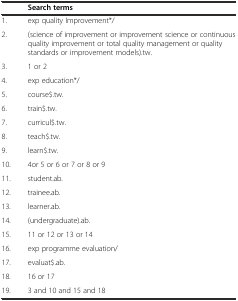
<table><thead><tr><td></td><td><b>Search terms</b></td></tr></thead><tbody><tr><td>1.</td><td>exp quality Improvement*/</td></tr><tr><td>2.</td><td>(science of improvement or improvement science or continuous quality improvement or total quality management or quality standards or improvement models).tw.</td></tr><tr><td>3.</td><td>1 or 2</td></tr><tr><td>4.</td><td>exp education*/</td></tr><tr><td>5.</td><td>course$.tw.</td></tr><tr><td>6.</td><td>train$.tw.</td></tr><tr><td>7.</td><td>curricul$.tw.</td></tr><tr><td>8.</td><td>teach$.tw.</td></tr><tr><td>9.</td><td>learn$.tw.</td></tr><tr><td>10.</td><td>4or 5 or 6 or 7 or 8 or 9</td></tr><tr><td>11.</td><td>student.ab.</td></tr><tr><td>12.</td><td>trainee.ab.</td></tr><tr><td>13.</td><td>learner.ab.</td></tr><tr><td>14.</td><td>(undergraduate).ab.</td></tr><tr><td>15.</td><td>11 or 12 or 13 or 14</td></tr><tr><td>16.</td><td>exp programme evaluation/</td></tr><tr><td>17.</td><td>evaluat$.ab.</td></tr><tr><td>18.</td><td>16 or 17</td></tr><tr><td>19.</td><td>3 and 10 and 15 and 18</td></tr></tbody></table>